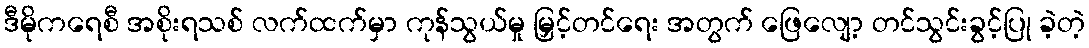
ဒီမိုကရေစီ အစိုးရသစ် လက်ထက်မှာ ကုန်သွယ်မှု မြှင့်တင်ရေး အတွက် ဖြေလျော့ တင်သွင်းခွင့်ပြု ခဲ့တဲ့